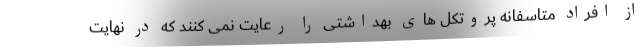
از افراد متاسفانه پروتکل های بهداشتی را رعایت نمی کنند که در نهایت